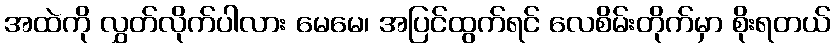
အထဲကို လွှတ်လိုက်ပါလား မေမေ၊ အပြင်ထွက်ရင် လေစိမ်းတိုက်မှာ စိုးရတယ်